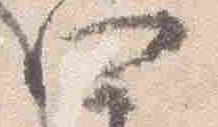
四